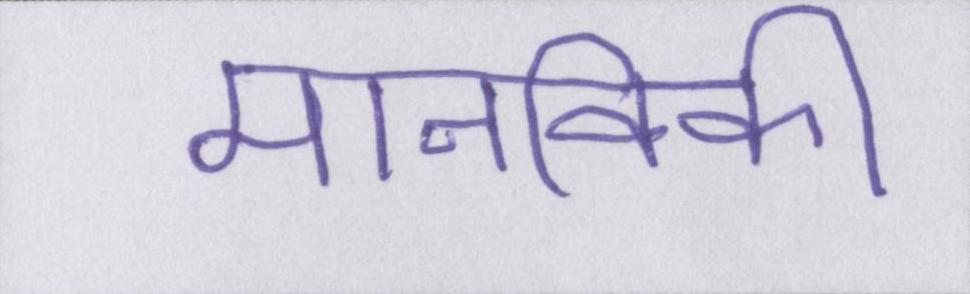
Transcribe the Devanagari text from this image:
मानविकी